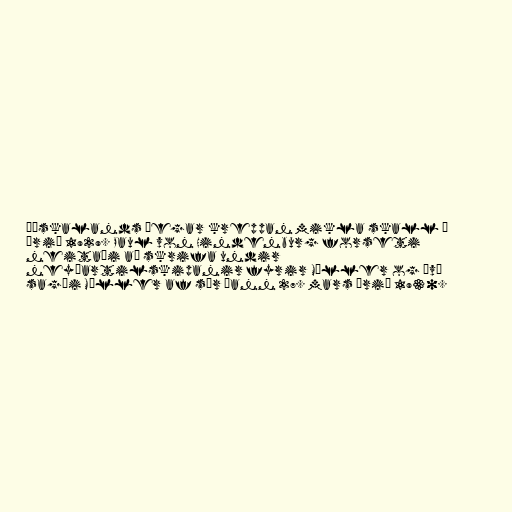
Þýskalands þegar kreppan mikla skall á
árið 1929. Paul von Hindenburg forseti
neitaði að skrifa undir
neyðartilskipanir fyrir Müller og því
sagði Müller af sér þann 27. mars árið 1930.